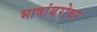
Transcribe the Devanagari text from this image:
भाषांबरोबर